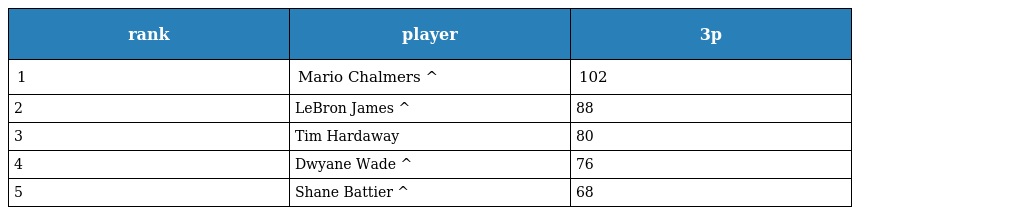
| rank | player | 3p |
 | --- | --- | --- |
 | 1 | Mario Chalmers ^ | 102 |
 | 2 | LeBron James ^ | 88 |
 | 3 | Tim Hardaway | 80 |
 | 4 | Dwyane Wade ^ | 76 |
 | 5 | Shane Battier ^ | 68 |